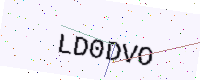
Text: LD0DVO